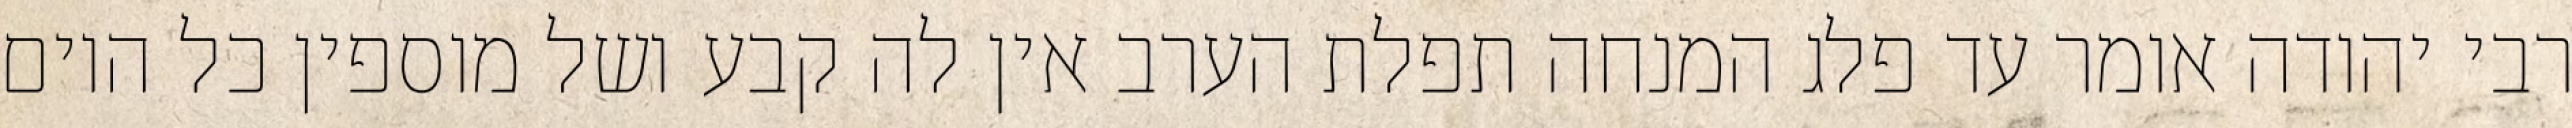
רבי יהודה אומר עד פלג המנחה תפלת הערב אין לה קבע ושל מוספין כל היום